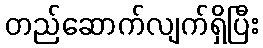
တည်ဆောက်လျက်ရှိပြီး